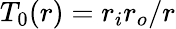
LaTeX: T_{0}(r)=r_{i}r_{o}/r